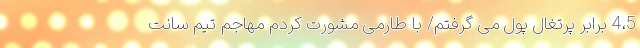
4،5 برابر پرتغال پول می گرفتم/ با طارمی مشورت کردم مهاجم تیم سانت